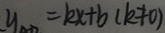
y = k x + b ( k \neq 0 )